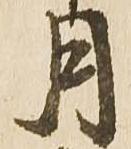
月